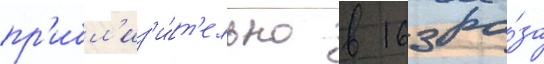
пр'ибл'из'и́т'ельно в 163 ра́за